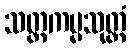
သတ္တကမ္မသုတ္တံ